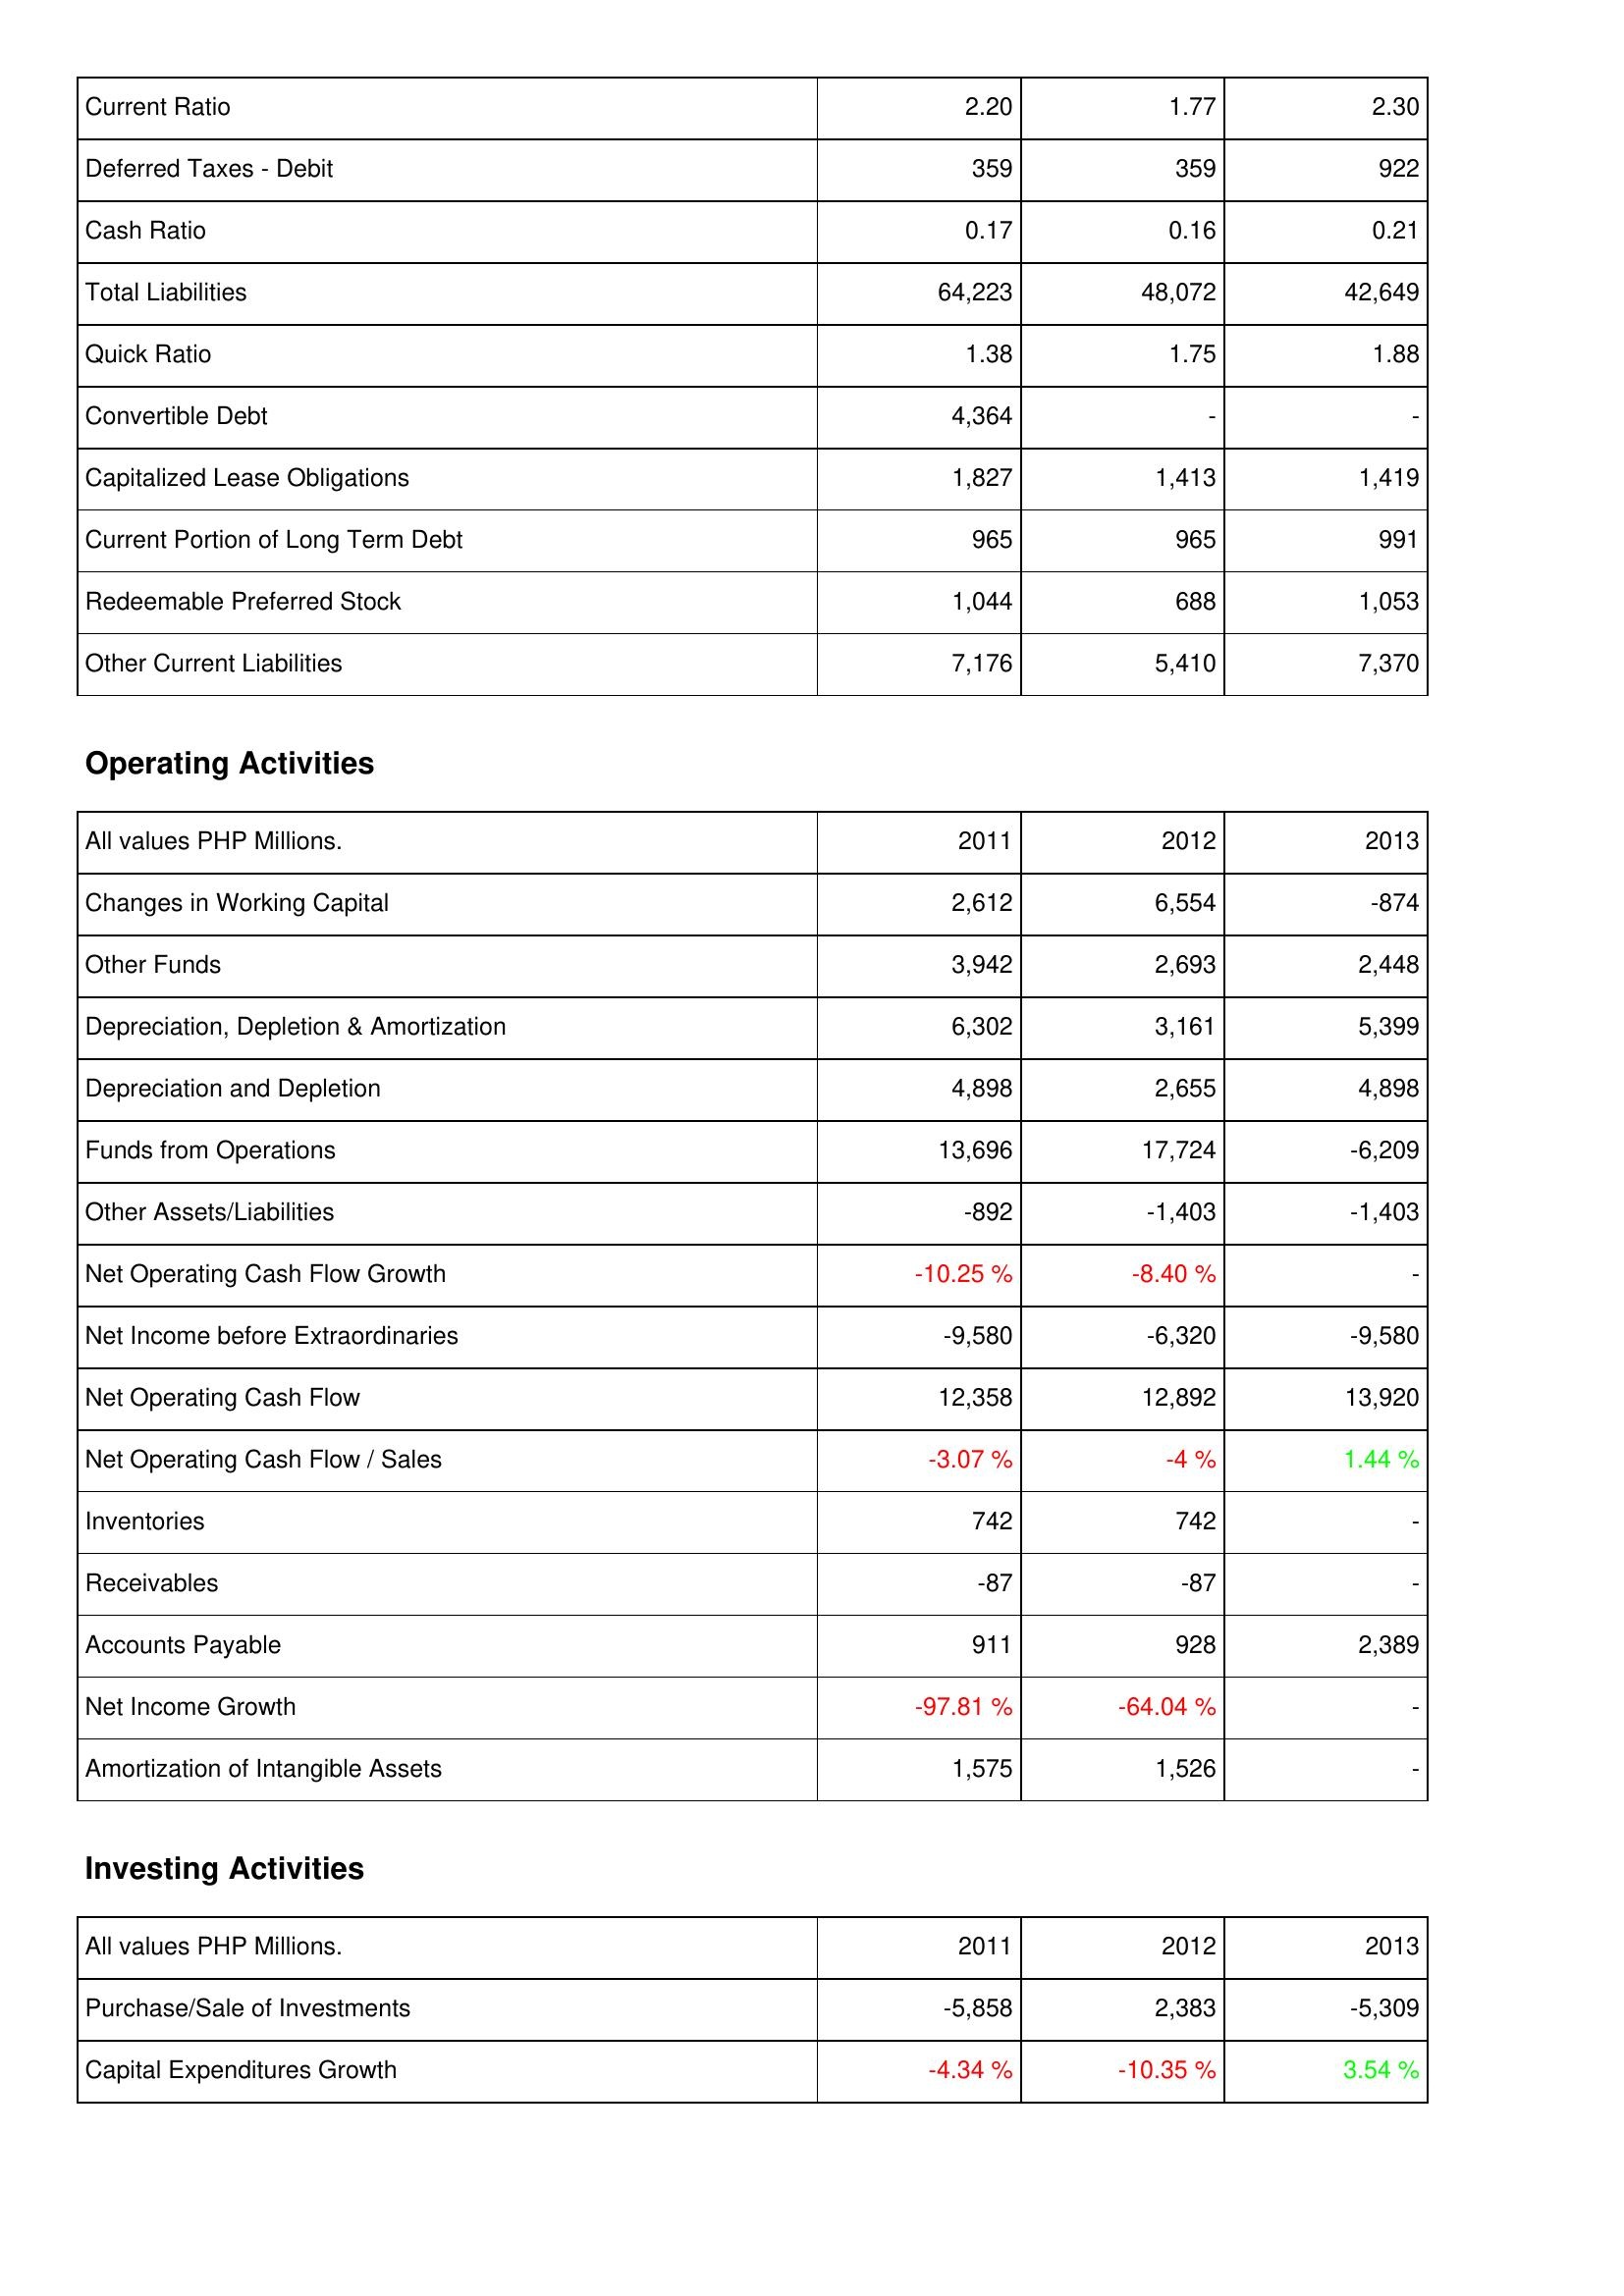
2011: Liabilities & Shareholders' Equity: Current Ratio: 2.20
Deferred Taxes - Debit: 359
Cash Ratio: 0.17
Total Liabilities: 64,223
Quick Ratio: 1.38
Convertible Debt: 4,364
Capitalized Lease Obligations: 1,827
Current Portion of Long Term Debt: 965
Redeemable Preferred Stock: 1,044
Other Current Liabilities: 7,176
Operating Activities: Changes in Working Capital: 2,612
Other Funds: 3,942
Depreciation, Depletion & Amortization: 6,302
Depreciation and Depletion: 4,898
Funds from Operations: 13,696
Other Assets/Liabilities: -892
Net Operating Cash Flow Growth: -10.25 %
Net Income before Extraordinaries: -9,580
Net Operating Cash Flow: 12,358
Net Operating Cash Flow / Sales: -3.07 %
Inventories: 742
Receivables: -87
Accounts Payable: 911
Net Income Growth: -97.81 %
Amortization of Intangible Assets: 1,575
Investing Activities: Purchase/Sale of Investments: -5,858
Capital Expenditures Growth: -4.34 %
2012: Liabilities & Shareholders' Equity: Current Ratio: 1.77
Deferred Taxes - Debit: 359
Cash Ratio: 0.16
Total Liabilities: 48,072
Quick Ratio: 1.75
Convertible Debt: -
Capitalized Lease Obligations: 1,413
Current Portion of Long Term Debt: 965
Redeemable Preferred Stock: 688
Other Current Liabilities: 5,410
Operating Activities: Changes in Working Capital: 6,554
Other Funds: 2,693
Depreciation, Depletion & Amortization: 3,161
Depreciation and Depletion: 2,655
Funds from Operations: 17,724
Other Assets/Liabilities: -1,403
Net Operating Cash Flow Growth: -8.40 %
Net Income before Extraordinaries: -6,320
Net Operating Cash Flow: 12,892
Net Operating Cash Flow / Sales: -4 %
Inventories: 742
Receivables: -87
Accounts Payable: 928
Net Income Growth: -64.04 %
Amortization of Intangible Assets: 1,526
Investing Activities: Purchase/Sale of Investments: 2,383
Capital Expenditures Growth: -10.35 %
2013: Liabilities & Shareholders' Equity: Current Ratio: 2.30
Deferred Taxes - Debit: 922
Cash Ratio: 0.21
Total Liabilities: 42,649
Quick Ratio: 1.88
Convertible Debt: -
Capitalized Lease Obligations: 1,419
Current Portion of Long Term Debt: 991
Redeemable Preferred Stock: 1,053
Other Current Liabilities: 7,370
Operating Activities: Changes in Working Capital: -874
Other Funds: 2,448
Depreciation, Depletion & Amortization: 5,399
Depreciation and Depletion: 4,898
Funds from Operations: -6,209
Other Assets/Liabilities: -1,403
Net Operating Cash Flow Growth: -
Net Income before Extraordinaries: -9,580
Net Operating Cash Flow: 13,920
Net Operating Cash Flow / Sales: 1.44 %
Inventories: -
Receivables: -
Accounts Payable: 2,389
Net Income Growth: -
Amortization of Intangible Assets: -
Investing Activities: Purchase/Sale of Investments: -5,309
Capital Expenditures Growth: 3.54 %